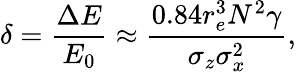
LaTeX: \delta=\frac{\Delta E}{E_{0}}\approx\frac{0.84r_{e}^{3}N^{2}\gamma}{\sigma_{z}\sigma_{x}^{2}},